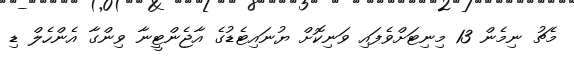
މެޗު ނިމެން 13 މިނިޓަށްވެފައި ވަނިކޮށް ޔުނައިޓެޑުގެ އާޖެންޓީނާ ވިންގާ އެންހެލް ޑި